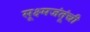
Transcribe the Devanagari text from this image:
सूक्ष्मजंतूंची